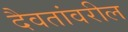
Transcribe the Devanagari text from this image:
दैवतांवरील